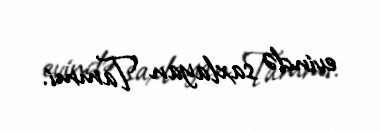
evində saxlayan Tammi.